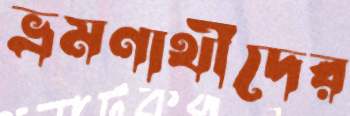
ভ্রমণার্থীদের